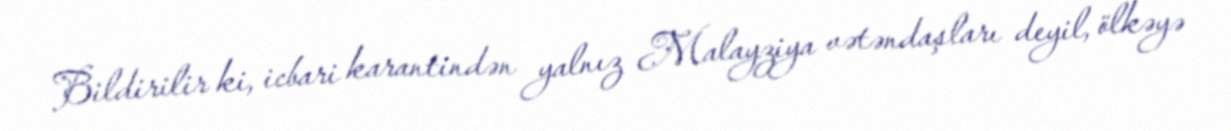
Bildirilir ki, icbari karantindən yalnız Malayziya vətəndaşları deyil, ölkəyə